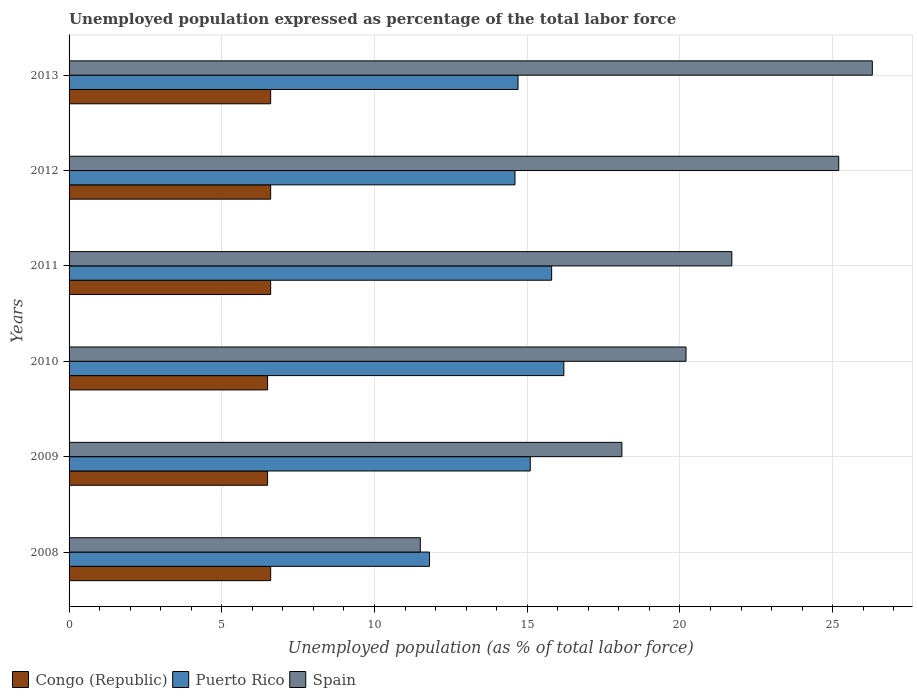
| Years | Congo (Republic) | Puerto Rico | Spain |
 | --- | --- | --- | --- |
 | 2008 | 6.6 | 11.8 | 11.5 |
 | 2009 | 6.5 | 15.1 | 18.1 |
 | 2010 | 6.5 | 16.2 | 20.2 |
 | 2011 | 6.6 | 15.8 | 21.7 |
 | 2012 | 6.6 | 14.6 | 25.2 |
 | 2013 | 6.6 | 14.7 | 26.3 |